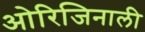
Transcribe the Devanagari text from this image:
ओरिजिनाली